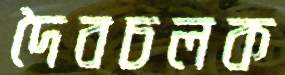
দৈবচলক